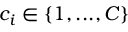
c _ { i } \in \{ 1 , . . . , C \}